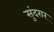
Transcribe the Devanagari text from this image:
सुंदरार